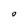
Character: O